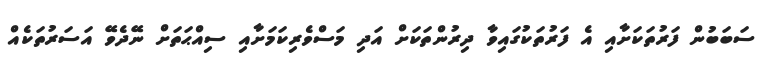
ސަބަބުން ފަރުތަކަށާއި އެ ފަރުތަކުގައިވާ ދިރުންތަކަށް އަދި މަސްވެރިކަމަށާއި ސިއްޙަތަށް ނޭދެވޭ އަސަރުތަކެއް